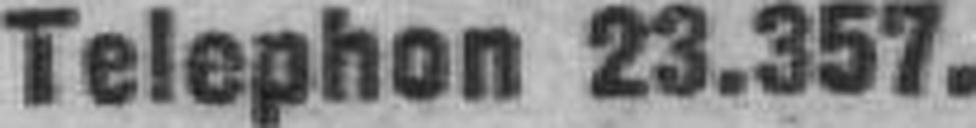
Telephon 23.357.